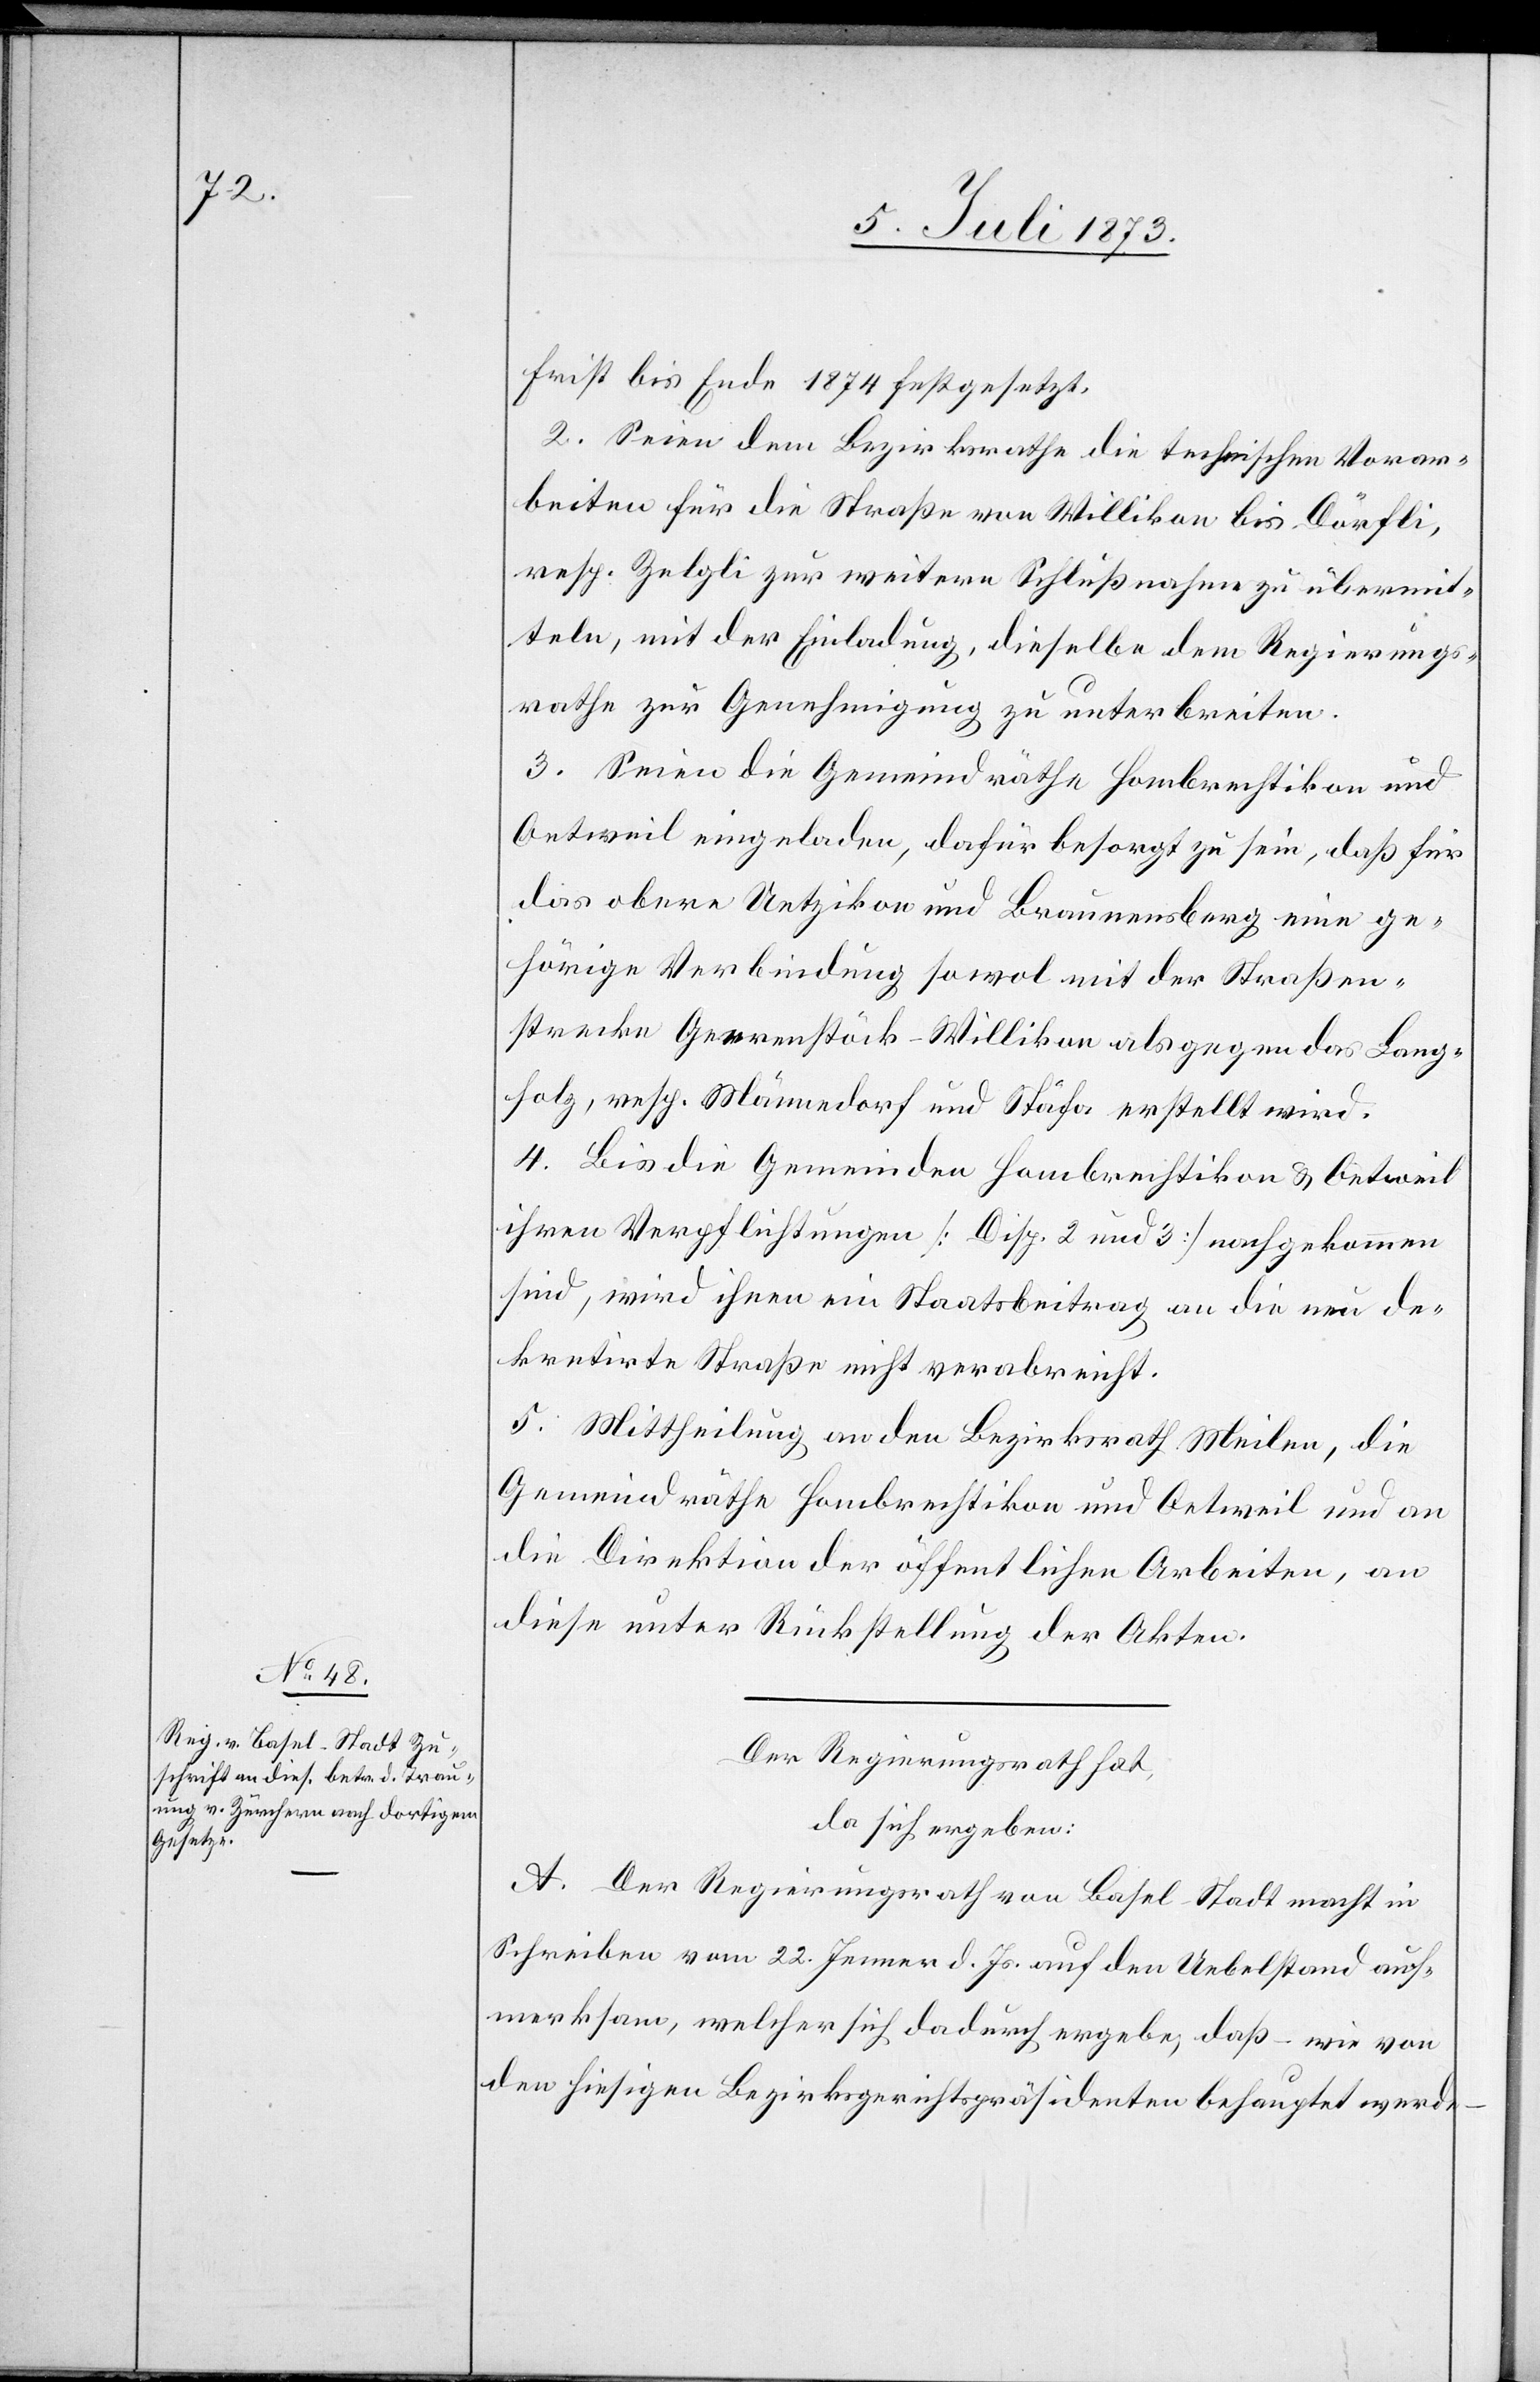
Frist bis Ende 1874 festgesetzt.
2. Seien dem Bezirksrathe die technischen Vorar¬
beiten für die Straße von Willikon bis Dörfli,
resp. Zelgli zur weitern Schlußnahme zu übermit¬
teln, mit der Einladung, dieselbe dem Regierungs¬
rathe zur Genehmigung zu unterbreiten.
3. Seien die Gemeindräthe Hombrechtikon und
Oetweil eingeladen, dafür besorgt zu sein, daß für
das obere Uetzikon und Braunensberg eine ge¬
hörige Verbindung sowol mit der Straßen¬
strecke Geerenstöck–Willikon als gegen das Lang¬
holz, resp. Männedorf und Stäfa erstellt wird.
4. Bis die Gemeinden Hombrechtikon & Oetweil
ihren Verpflichtungen [Disp. 2 und 3] nachgekommen
sind, wird ihnen ein Staatsbeitrag an die neu de¬
kretirte Straße nicht verabreicht.
5. Mittheilung an den Bezirksrath Meilen, die
Gemeindräthe Hombrechtikon und Oetweil und an
die Direktion der öffentlichen Arbeiten, an
diese unter Rückstellung der Akten.
Der Regierungsrath hat,
da sich ergeben:
A. Der Regierungsrath von Basel-Stadt macht in
Schreiben vom 22. Jenner d. Js. auf den Uebelstand auf¬
merksam, welcher sich dadurch ergebe, daß – wie von
den hiesigen Bezirksgerichtspräsidenten behauptet werde